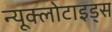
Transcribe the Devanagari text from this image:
न्यूक्लोटाइड्स